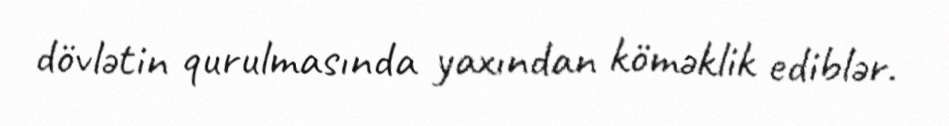
dövlətin qurulmasında yaxından köməklik ediblər.